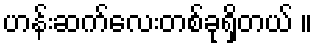
ဟန်းဆက်လေးတစ်ခုရှိတယ် ။